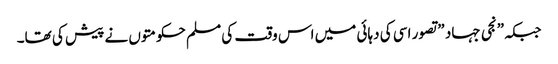
جبکہ\”نجی جہاد \”تصور اسی کی دہائی میں اس وقت کی مسلم حکومتوں نے پیش کی تھا۔